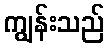
ကျွန်းသည်